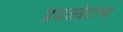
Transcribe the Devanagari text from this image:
प्रवाळबेटांच्या